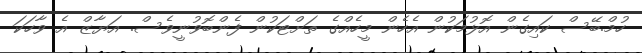
ހުމް.ބޭސް ކައިގެން އޮޅުމަކުން އެހެން މީހެއްގެ ތަށްޓަކުން ފެންބޮވުނީވެސް. އަޔާޒް އެ ވާހަކަ